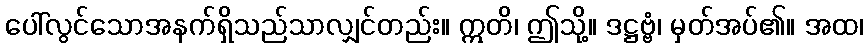
ပေါ်လွင်သောအနက်ရှိသည်သာလျှင်တည်း။ ဣတိ၊ ဤသို့။ ဒဋ္ဌဗ္ဗံ၊ မှတ်အပ်၏။ အထ၊